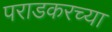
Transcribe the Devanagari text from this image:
पराडकरच्या